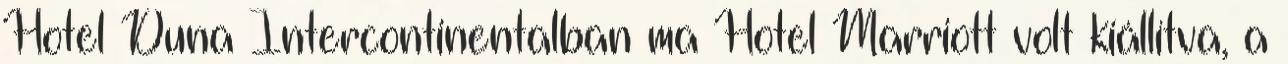
Hotel Duna Intercontinentalban ma Hotel Marriott volt kiállítva, a